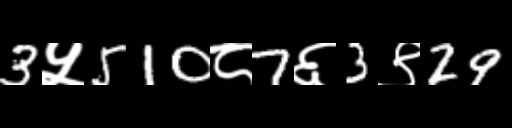
Text: 3५510८7६3९29